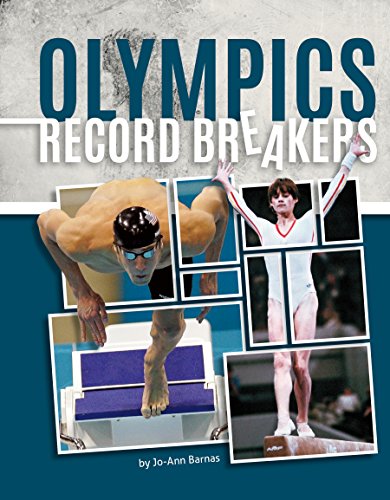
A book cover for Olympics Record Breakers; Jo-Ann Barnas; Children's Books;